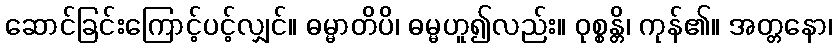
ဆောင်ခြင်းကြောင့်ပင့်လျှင်။ ဓမ္မာတိပိ၊ ဓမ္မဟူ၍လည်း။ ဝုစ္စန္တိ၊ ကုန်၏။ အတ္တနော၊